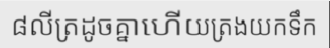
៨លីត្រដូចគ្នាហើយត្រងយកទឹក